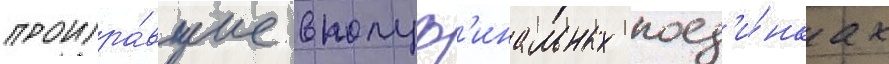
проигра́вшие в полуф'инальных поед'и́нках